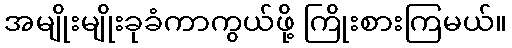
အမျိုးမျိုးခုခံကာကွယ်ဖို့ ကြိုးစားကြမယ်။